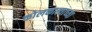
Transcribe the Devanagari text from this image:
कोलकात्त्याच्या